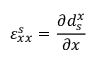
\varepsilon _ { x x } ^ { s } = \frac { \partial d _ { s } ^ { x } } { \partial x }